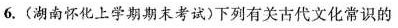
6.(湖南怀化上学期期末考试)下列有关古代文化常识